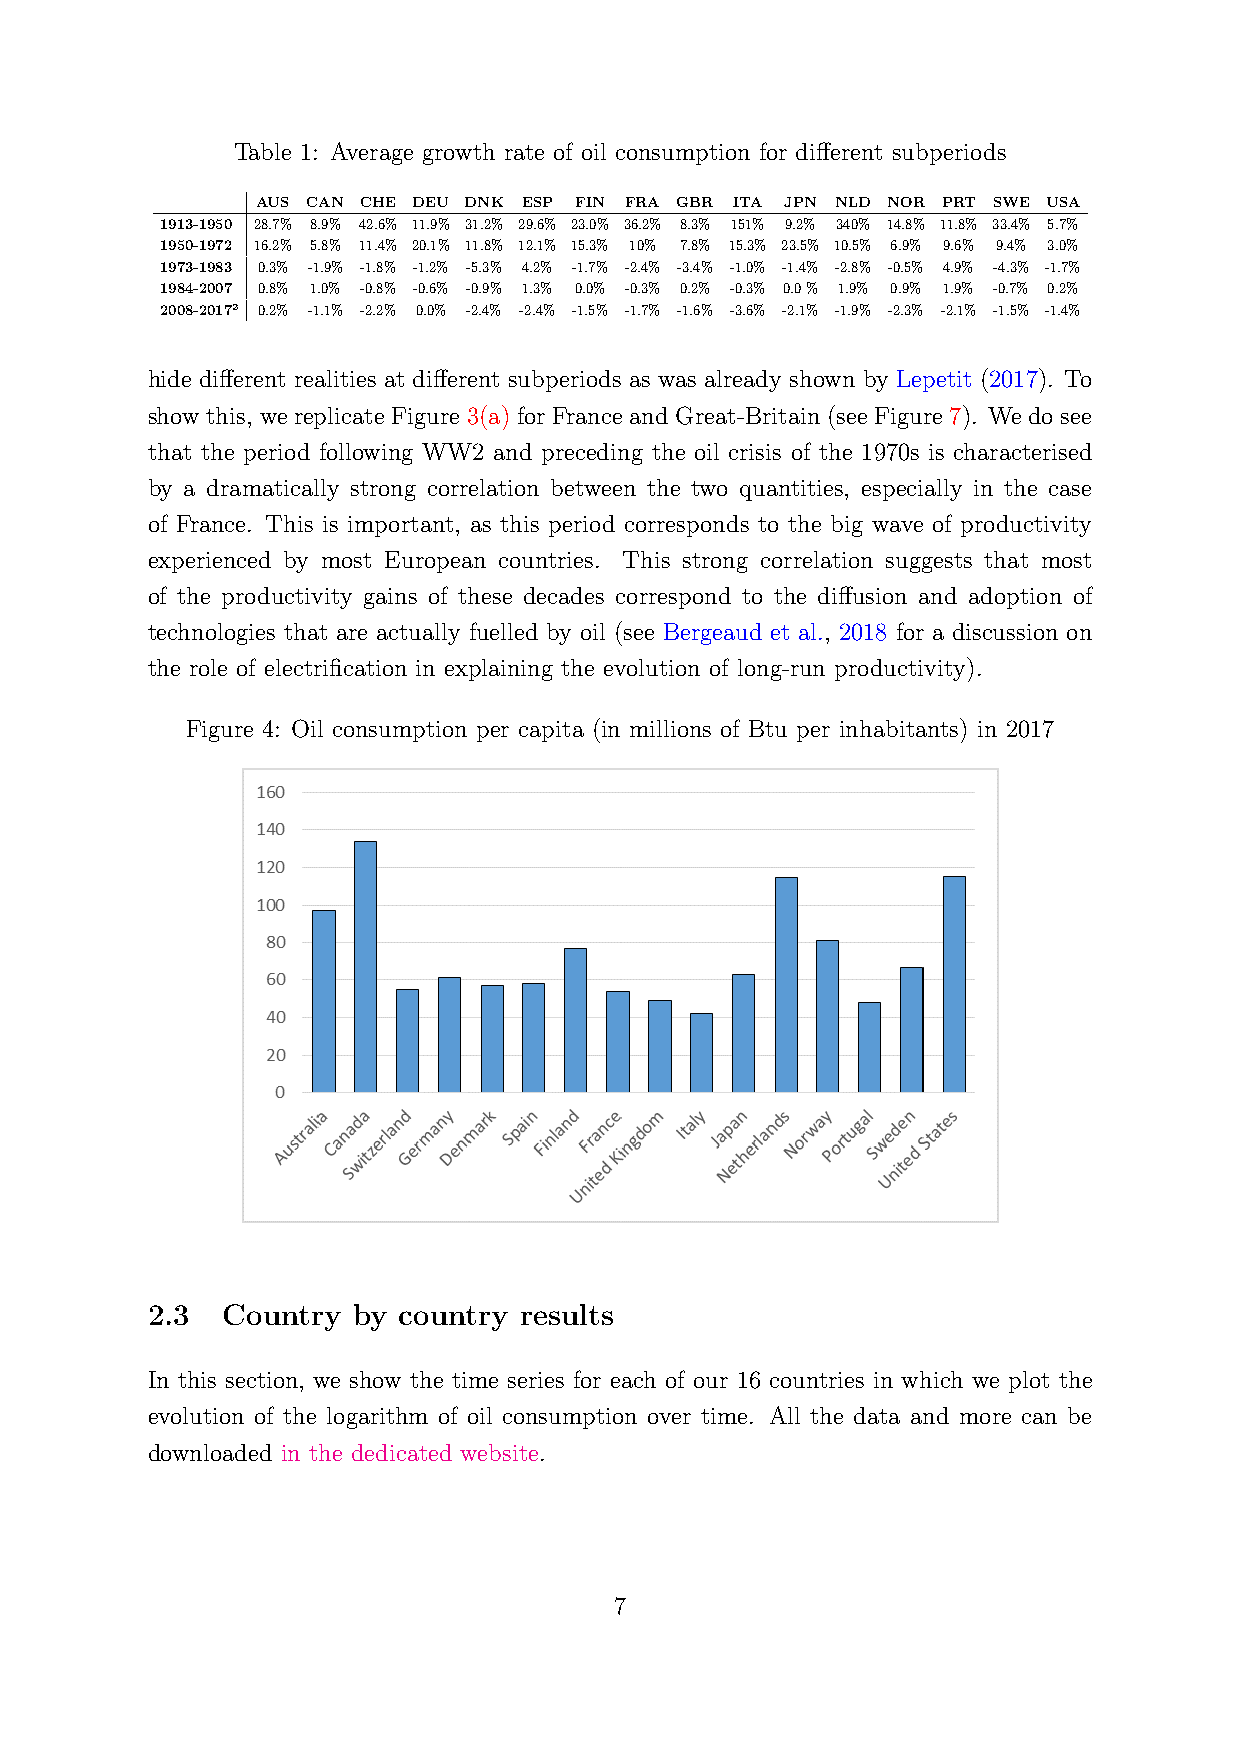
Table 1: Average growth rate of oil consumption for different subperiods
 AUS CAN CHE DEU DNK ESP FIN FRA GBR ITA JPN NLD NOR PRT SWE USA
 1913-1950 28.7% 8.9% 42.6% 11.9% 31.2% 29.6% 23.0% 36.2% 8.3% 151% 9.2% 340% 14.8% 11.8% 33.4% 5.7%
 1950-1972 16.2% 5.8% 11.4% 20.1% 11.8% 12.1% 15.3% 10% 7.8% 15.3% 23.5% 10.5% 6.9% 9.6% 9.4% 3.0%
 1973-1983 0.3% -1.9% -1.8% -1.2% -5.3% 4.2% -1.7% -2.4% -3.4% -1.0% -1.4% -2.8% -0.5% 4.9% -4.3% -1.7%
 1984-2007 0.8% 1.0% -0.8% -0.6% -0.9% 1.3% 0.0% -0.3% 0.2% -0.3% 0.0% 1.9% 0.9% 1.9% -0.7% 0.2%
 2008-2017² 0.2% -1.1% -2.2% 0.0% -2.4% -2.4% -1.5% -1.7% -1.6% -3.6% -2.1% -1.9% -2.3% -2.1% -1.5% -1.4%
 hide different realities at different subperiods as was already shown by Lepetit (2017). To
 show this, we replicate Figure 3(a) for France and Great-Britain (see Figure 7). We do see
 that the period following WW2 and preceding the oil crisis of the 1970s is characterised
 by a dramatically strong correlation between the two quantities, especially in the case
 of France. This is important, as this period corresponds to the big wave of productivity
 experienced by most European countries. This strong correlation suggests that most
 of the productivity gains of these decades correspond to the diffusion and adoption of
 technologies that are actually fuelled by oil (see Bergeaud et al., 2018 for a discussion on
 the role of electrification in explaining the evolution of long-run productivity).
 Figure 4: Oil consumption per capita (in millions of Btu per inhabitants) in 2017
 2.3  Country by country results
 In this section, we show the time series for each of our 16 countries in which we plot the
 evolution of the logarithm of oil consumption over time. All the data and more can be
 downloaded in the dedicated website.
 7